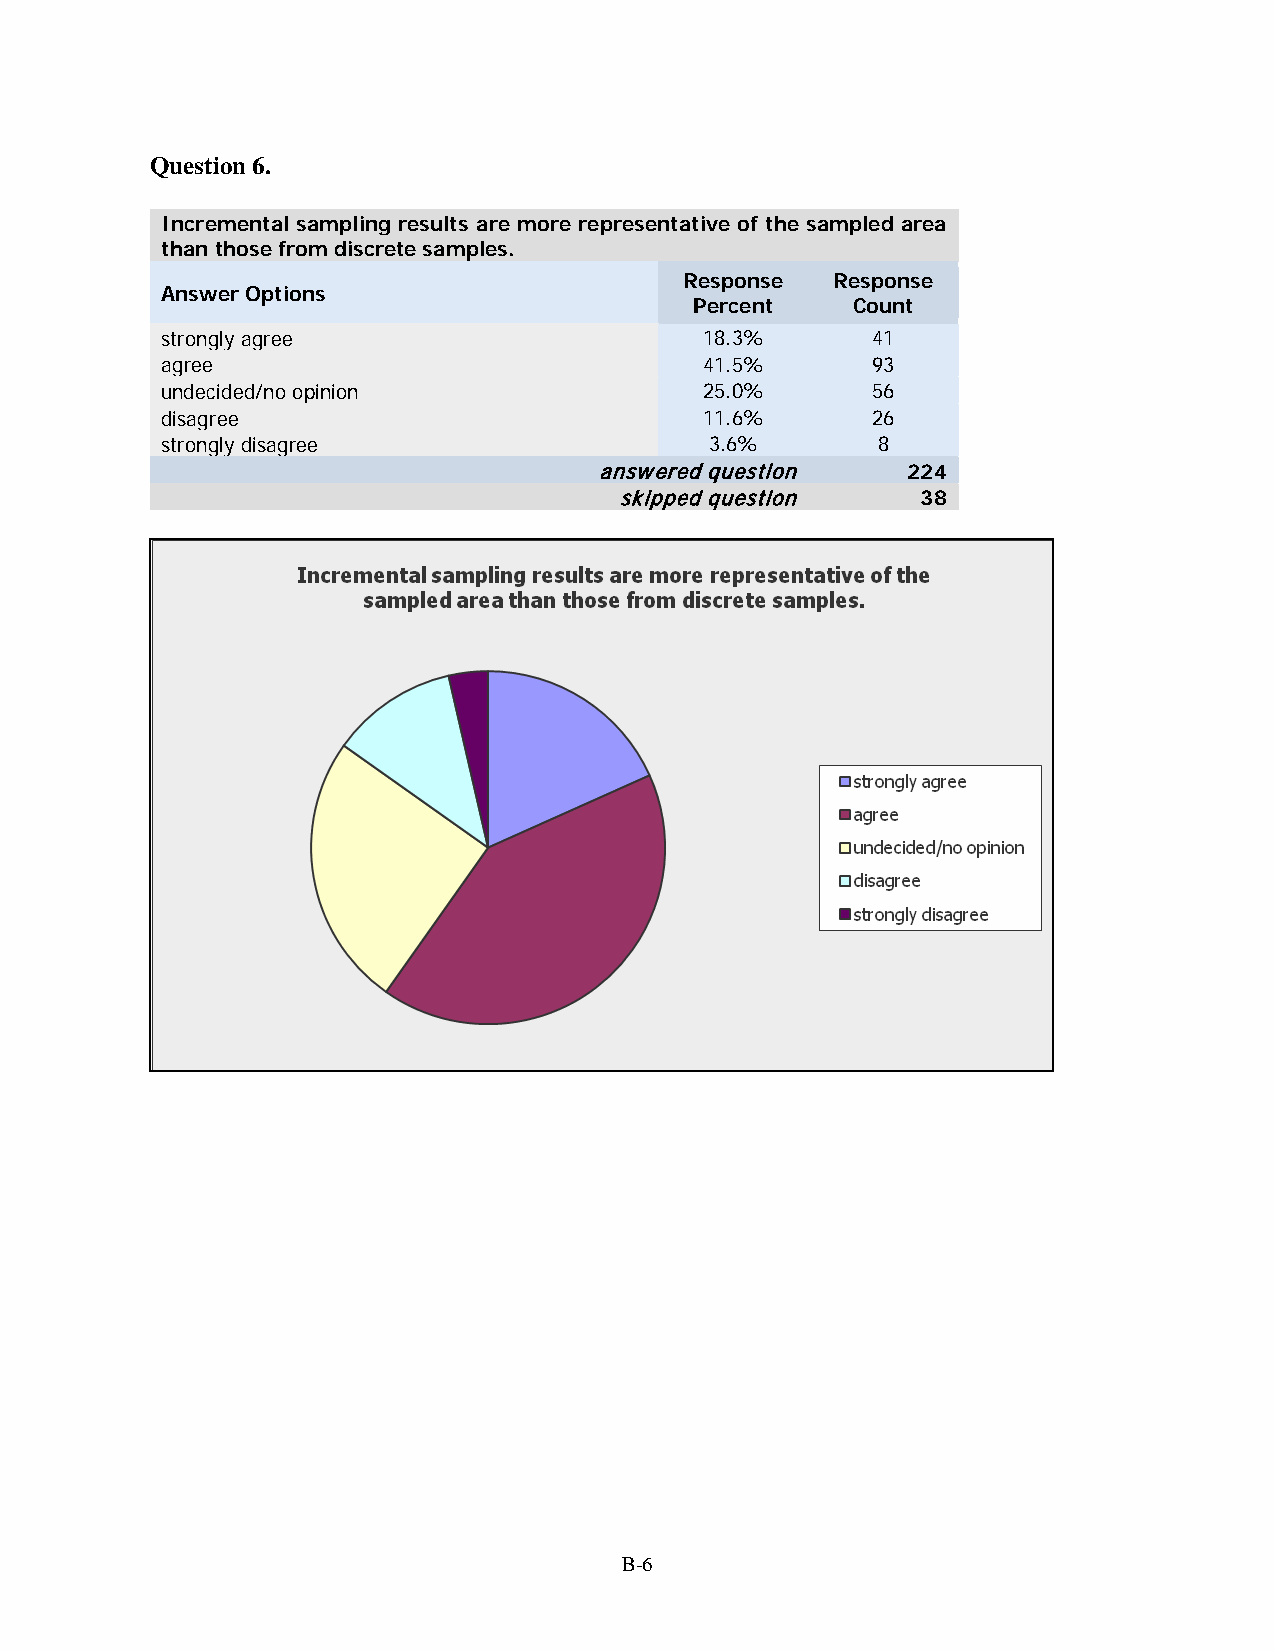
Question 6.
 Incremental sampling results are more representative of the sampled area
 than those from discrete samples.
 Response  Response
 Answer Options
 Percent   Count
 strongly agree                      18.3%      41
 agree                               41.5%      93
 undecided/no opinion                25.0%      56
 disagree                            11.6%      26
 strongly disagree                   3.6%       8
 answered question   224
 skipped question    38
 B-6